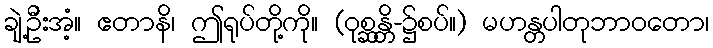
ချဲ့ဦးအံ့။ ဧတာနိ၊ ဤရုပ်တို့ကို။ (ဝုစ္ဆန္တိ-၌စပ်။) မဟန္တပါတုဘာဝတော၊